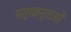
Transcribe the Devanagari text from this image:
पत्रकर्ताओं